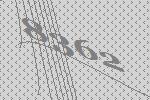
8362